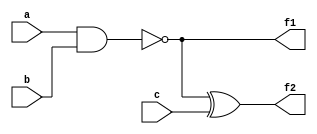
module regmapwire (a,b,c,f1,f2);
input a,b,c;
output f1,f2;
wire a,b,c;
reg f1,f2;
always@(a or b or c)
begin
f1=~(a&b);
f2=f1^c;    
end
endmodule